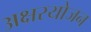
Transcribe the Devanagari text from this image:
अक्षरयोजन